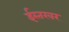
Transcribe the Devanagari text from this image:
ईस्तखर